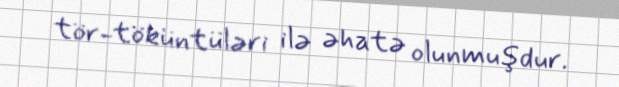
tör-töküntüləri ilə əhatə olunmuşdur.